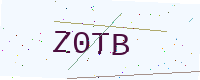
Text: Z0TB